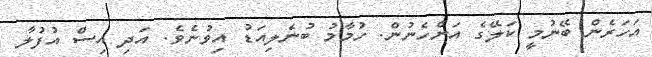
އަހަރެން ބޭނުމީ ކަލޭގެ އަންހެނުން. ހުމާމު ބުނެލިއަޑު އިވުނެވެ. އަދި އިސް އުފުލާ